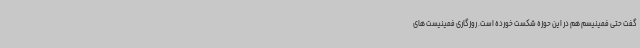
گفت حتی فمینیسم هم در این حوزه شکست خورده است. روزگاری فمینیست های